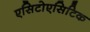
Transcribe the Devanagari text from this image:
एसिटोएसिटिक